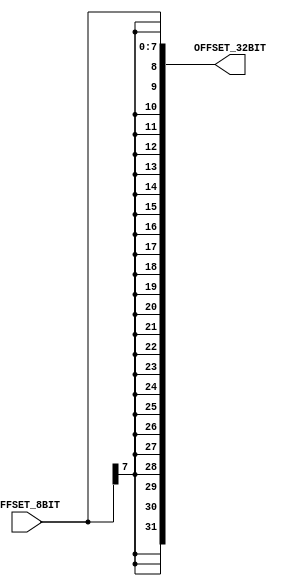
// Computer Architecture (CO224) - Lab 05
// Design: Sign Extend Module
// Group Number : 27
// E Numbers : E/18/077, E/18/227
// Names : Dharmarathne N.S., Mudalige D.H.

module sign_extend(
    input [7:0] OFFSET_8BIT,
	output reg [31:0] OFFSET_32BIT);
	
	always @(OFFSET_8BIT) begin
		OFFSET_32BIT={{24{OFFSET_8BIT[7]}},OFFSET_8BIT};
	end	  
endmodule